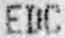
EDC